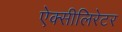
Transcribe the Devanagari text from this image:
ऐक्सीलिरेटर